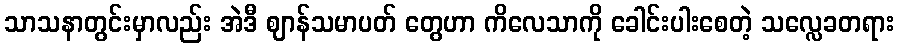
သာသနာတွင်းမှာလည်း အဲဒီ ဈာန်သမာပတ် တွေဟာ ကိလေသာကို ခေါင်းပါးစေတဲ့ သလ္လေခတရား